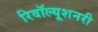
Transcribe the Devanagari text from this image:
रिवॉल्यूशनरी